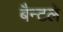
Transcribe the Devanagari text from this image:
बैन्टले